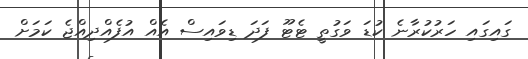
ގައިގައި ހަރުކުރާނެ ކުޑަ ވަގުތީ ޓެޓޫ ފަދަ ޑިވައިސް އެއް އުފެއްދިއްޖެ ކަމަށް